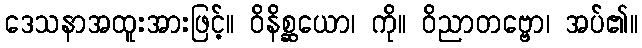
ဒေသနာအထူးအားဖြင့်။ ဝိနိစ္ဆယော၊ ကို။ ဝိညာတဗ္ဗော၊ အပ်၏။